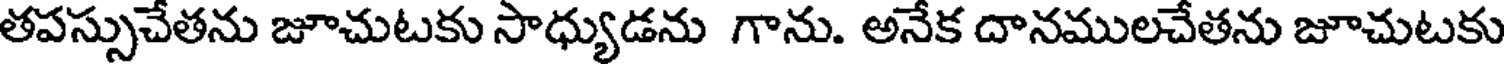
తపస్సుచేతను జూచుటకు సాధ్యుడను గాను. అనేక దానములచేతను జూచుటకు